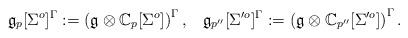
LaTeX: \begin{align*} \mathfrak{g}_{p}[ {\Sigma}^o ]^\Gamma:= \left(\mathfrak{g}\otimes \mathbb{C}_{p} [ {\Sigma}^o]\right)^\Gamma,\,\,\,\,\, \mathfrak{g}_{p''}[ {\Sigma}'^o]^\Gamma:= \left(\mathfrak{g}\otimes \mathbb{C}_{p''} [ {\Sigma}'^o]\right)^\Gamma.\end{align*}